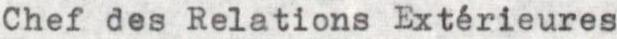
Chef des Relations Extérieures